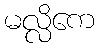
မလ္လိကေ